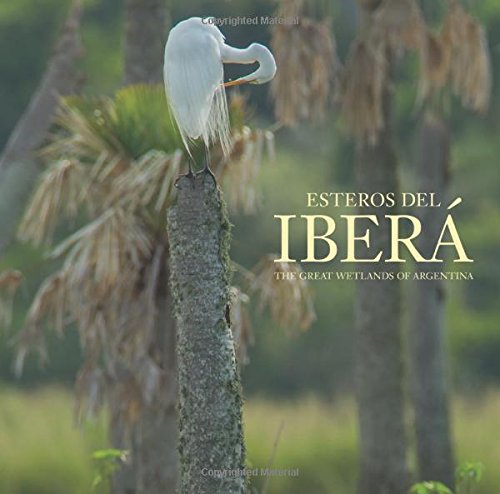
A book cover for Esteros del IberÃ¡: The Great Wetlands of Argentina; Juan RamÃ³n DÃ­az Colodrero; Science & Math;